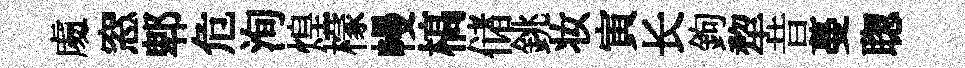
䖏窓郫危洵煌檬幔槁储銚妆寅长鉤犂昔蔓聦